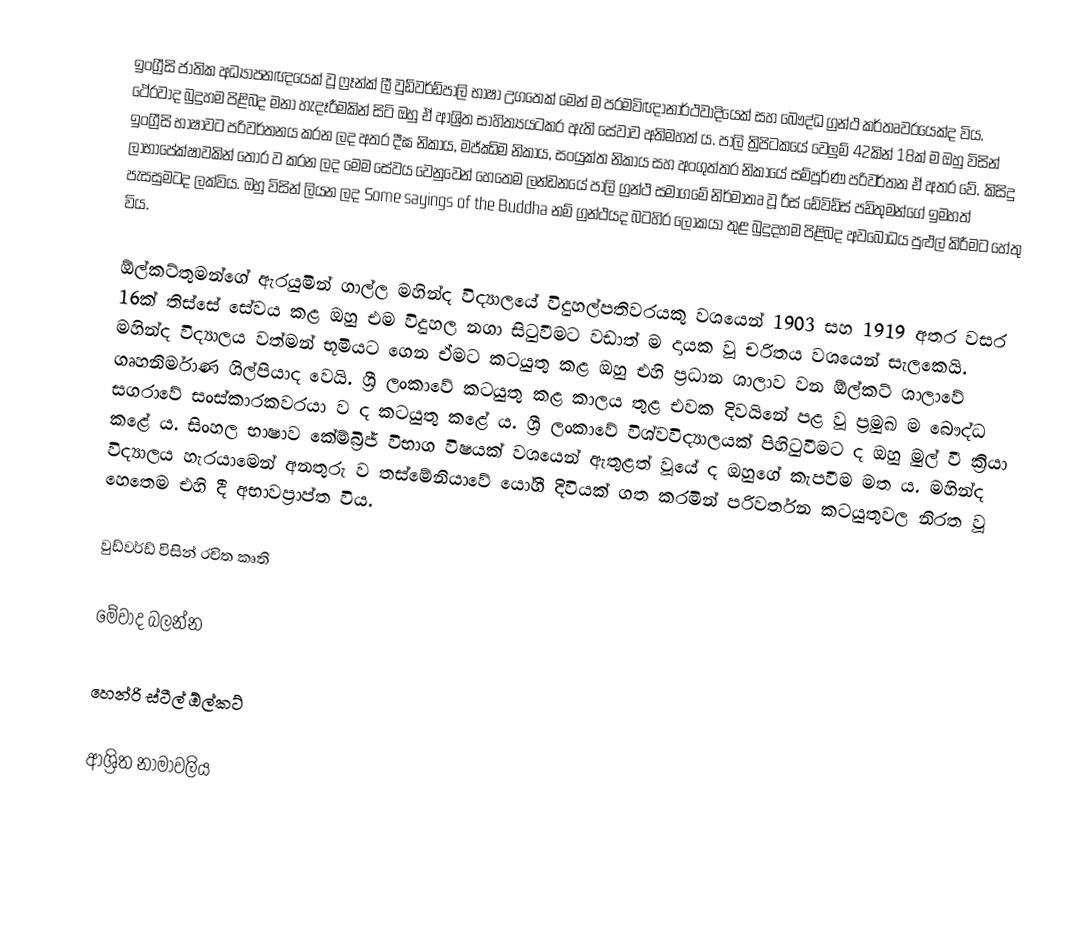
ඉංග්‍රීසි ජාතික අධ්‍යාපනඥයෙක් වූ ෆ්‍රෑන්ක් ලී වුඩ්වර්ඩ්පාලි භාෂා උගතෙක් මෙන් ම පරමවිඥානාර්ථවාදියෙක් සහ බෞද්ධ ග්‍රන්ථ කර්තෘවරයෙක්ද විය. ථේරවාද බුදුහම පිළිබද මනා හැදෑරීමකින් සිටි ඔහු ඒ ආශ්‍රිත සාහිත්‍යයටකර ඇති සේවාව අතිමහත් ය. පාලි ත්‍රිපිටකයේ වෙලුම් 42කින් 18ක් ම ඔහු විසින් ඉංග්‍රීසි භාෂාවට පරිවර්තනය කරන ලද අතර දීඝ නිකාය, මජ්ඣිම නිකාය, සංයුක්ත නිකාය සහ අංගුත්තර නිකායේ සම්පූර්ණ පරිවර්තන ඒ අතර වේ. කිසිදු ලාභාපේක්ෂාවකින් තොර ව කරන ලද මෙම සේවය වෙනුවෙන් හෙතෙම ලන්ඩනයේ පාලි ග්‍රන්ථ සමාගමේ නිර්මාතෘ වූ රීස් ඩේවිඩ්ස් පඩිතුමන්ගේ ඉමහත් පැසසුමටද ලක්විය. ඔහු විසින් ලියන ලද Some sayings of the Buddha නම් ග්‍රන්ථයද බටහිර ලෝකයා තුළ බුදුදහම පිළිබද අවබෝධය පුළුල් කිරීමට හේතු විය.

ඕල්කට්තුමන්ගේ ඇරයුමින් ගාල්ල මහින්ද විද්‍යාලයේ විදුහල්පතිවරයකු වශයෙන්  1903 සහ 1919 අතර වසර 16ක් තිස්සේ සේවය කළ ඔහු එම විදුහල නගා සිටුවීමට වඩාත් ම දායක වූ චරිතය වශයෙන්  සැලකෙයි. මහින්ද විද්‍යාලය වත්මන් භූමියට ගෙන ඒමට කටයුතු කළ ඔහු එහි ප්‍රධාන ශාලාව වන ඕල්කට් ශාලාවේ ගෘහනිර්මාණ ශිල්පියාද වෙයි. ශ්‍රී ලංකාවේ කටයුතු කළ කාලය තුළ  එවක දිවයිනේ පළ වූ ප්‍රමුඛ ම බෞද්ධ සගරාවේ සංස්කාරකවරයා ව ද කටයුතු කළේ ය. ශ්‍රී ලංකාවේ විශ්වවිද්‍යාලයක් පිහිටුවීමට ද ඔහු මුල් වී ක්‍රියා කළේ ය. සිංහල භාෂාව කේම්බ්‍රිජ් විභාග විෂයක් වශයෙන් ඇතුළත් වූයේ ද ඔහුගේ කැපවීම මත ය.  මහින්ද විද්‍යාලය හැරයාමෙන් අනතුරු ව තස්මේනියාවේ යෝගී දිවියක් ගත කරමින් පරිවර්තන කටයුතුවල නිරත වූ හෙතෙම එහි දී අභාවප්‍රාප්ත විය.

වුඩ්වර්ඩ් විසින් රචිත කෘති

මේවාද බලන්න

 හෙන්රි ස්ටීල් ඕල්කට්

ආශ්‍රිත නාමාවලිය